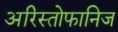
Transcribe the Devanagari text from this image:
अरिस्तोफानिज